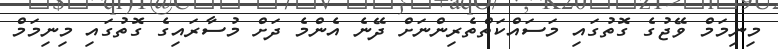
މިނިމަމް ވޭޖުގެ ގޮތުގައި މަސައްކަތްތެރިންނަށް ދޭނެ އެންމެ ދަށް މުސާރައިގެ ގޮތުގައި މިނިމަމް